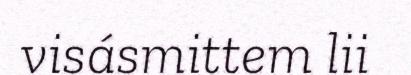
visásmittem lii